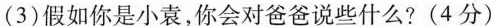
(3)假如你是小袁，你会对爸爸说些什么?(4分)